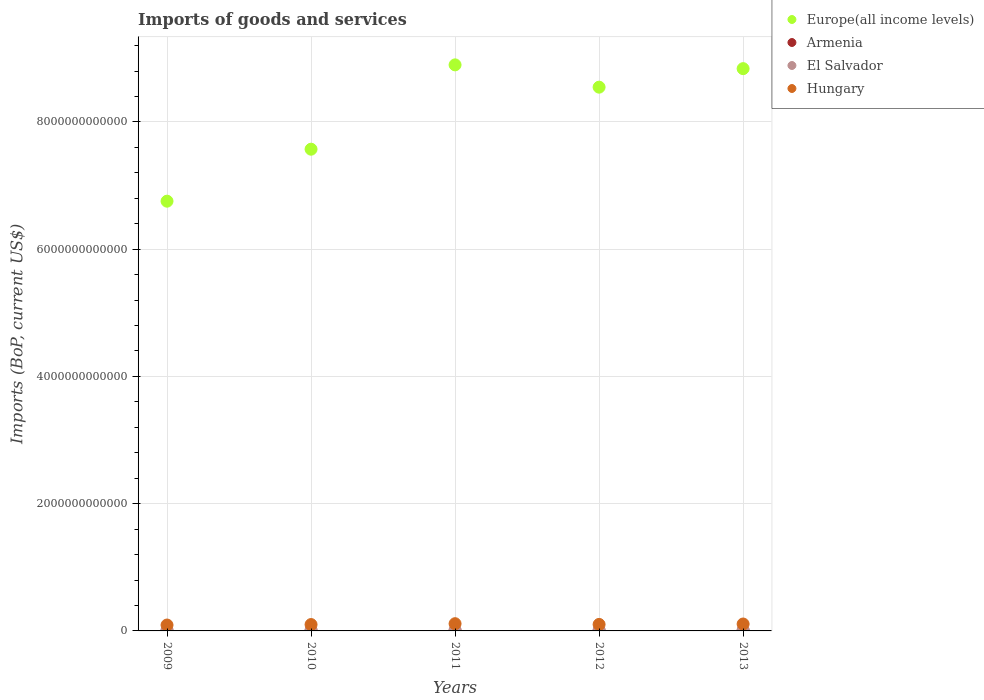
| Years | Europe(all income levels) | Armenia | El Salvador | Hungary |
 | --- | --- | --- | --- | --- |
 | 2009 | 6.75e+12 | 3.93e+09 | 7.41e+09 | 9.26e+10 |
 | 2010 | 7.57e+12 | 4.54e+09 | 8.6e+09 | 1e+11 |
 | 2011 | 8.9e+12 | 4.92e+09 | 1.02e+10 | 1.14e+11 |
 | 2012 | 8.55e+12 | 5.13e+09 | 1.05e+10 | 1.02e+11 |
 | 2013 | 8.84e+12 | 5.36e+09 | 1.11e+10 | 1.09e+11 |